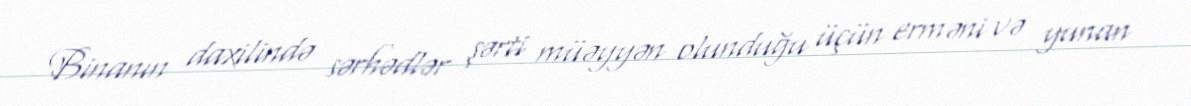
Binanın daxilində sərhədlər şərti müəyyən olunduğu üçün erməni və yunan